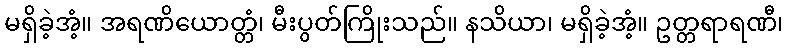
မရှိခဲ့အံ့။ အရဏိယောတ္တံ၊ မီးပွတ်ကြိုးသည်။ နသိယာ၊ မရှိခဲ့အံ့။ ဥတ္တရာရဏီ၊